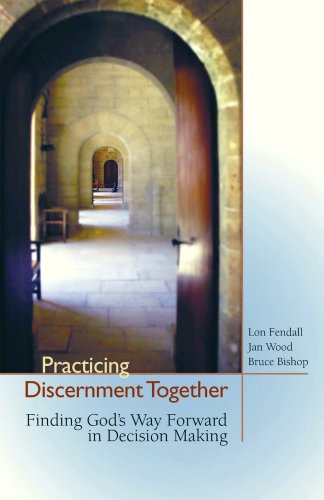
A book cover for Practicing Discernment Together--Finding God's Way Forward in Decision Making; Lon Fendall; Christian Books & Bibles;